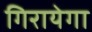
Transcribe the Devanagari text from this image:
गिरायेगा